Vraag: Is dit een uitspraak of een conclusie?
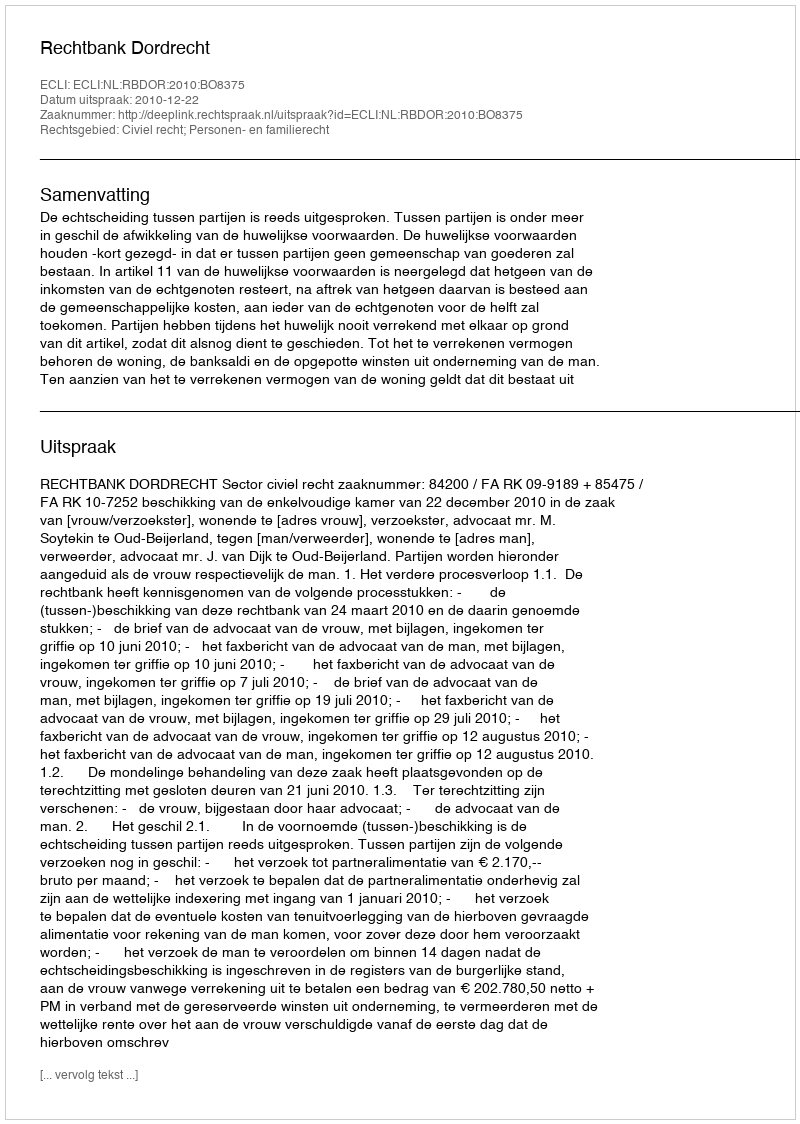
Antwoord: Uitspraak